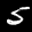
Label: 5